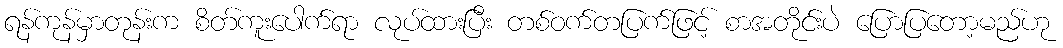
ရန်ကုန်မှာတုန်းက စိတ်ကူးပေါက်ရာ လုပ်ထားပြီး တစ်ဝက်တပြက်ဖြင့် စာအတိုင်းပဲ ပြောပြတော့မည်ဟု